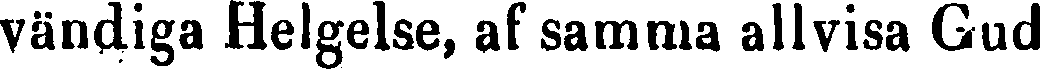
vändiga Helgelse, af samma allvisa Gud